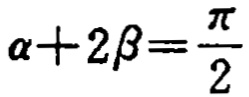
\(\alpha+2\beta=\frac{\pi}{2}\)